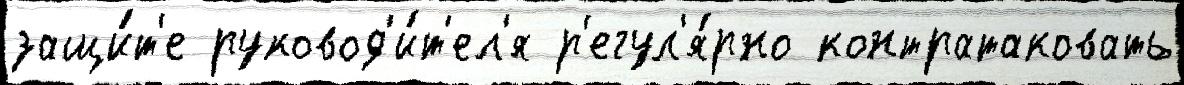
защи́т'е руковод'и́т'ел'я р'егул'я́рно контратаковать